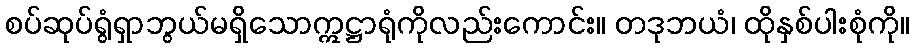
စပ်ဆုပ်ရွံရှာဘွယ်မရှိသောဣဋ္ဌာရုံကိုလည်းကောင်း။ တဒုဘယံ၊ ထိုနှစ်ပါးစုံကို။